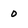
Character: o